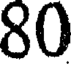
80